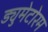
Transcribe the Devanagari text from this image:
ड्युमेटोरम